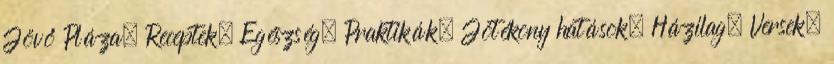
Jövő Pláza, Receptek, Egészség, Praktikák, Jótékony hatások, Házilag, Versek,